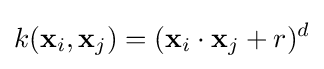
k(\mathbf {x} _{i},\mathbf {x} _{j})=(\mathbf {x} _{i}\cdot \mathbf {x} _{j}+r)^{d}